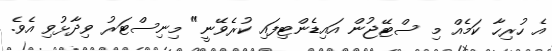
އެ ހުރިހާ ކަމެއް މި ސްޓޭޖުން އައިޑެންޓިފައި ކުރެވޭނީ" މިނިސްޓަރު ވިދާޅުވި އެވެ.